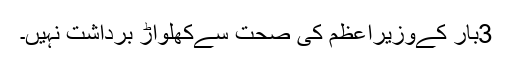
3بار کےوزیراعظم کی صحت سےکھلواڑ برداشت نہیں۔